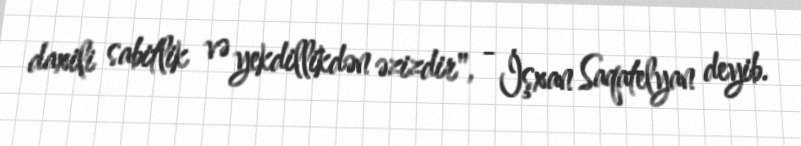
daxili sabitlik və yekdillikdən əzizdir", - İşxan Saqatelyan deyib.